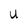
Character: U